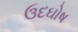
ઉદઘોષ